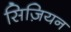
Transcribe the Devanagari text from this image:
सिज़ियन